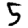
Digit: 5